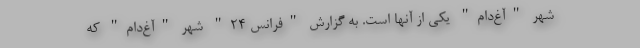
شهر "آغ‌دام" یکی از آنها است. به گزارش "فرانس 24" شهر "آغ‌دام" که